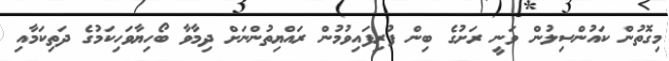
މިގޮތުން ކައުންސިލުން ވަނީ ރަށުގެ ބިން ފުރިފައިވުމުން ރައްޔިތުންނަށް ދިމާވާ ބޯހިޔާވަހިކަމުގެ ދަތިކަމާއި